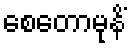
စေတောမုနိံ